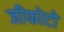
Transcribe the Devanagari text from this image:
जीफोटो